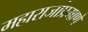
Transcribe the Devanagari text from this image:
महाराजांप्रमाणे